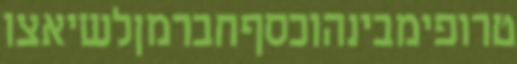
טרופימבינהוכסףחברמןלשיאצו